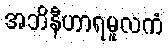
အဘိနီဟာရမူလကံ